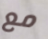
مع